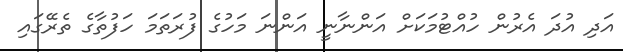
އަދި އުދަ އެރުން ހުއްޓުމަކަށް އަންނާނީ އަންނަ މަހުގެ ފުރަތަމަ ހަފުތާގެ ތެރޭގައި